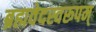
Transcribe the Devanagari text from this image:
ब्रह्मवेदस्वरूपम्